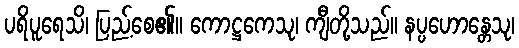
ပရိပူရေသိ၊ ပြည့်စေ၏။ ကောဋ္ဌကေသု၊ ကျီတို့သည်။ နပ္ပဟောန္တေသု၊